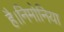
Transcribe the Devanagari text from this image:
है।निमोनिया